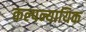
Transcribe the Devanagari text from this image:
कल्पन्यायिक